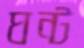
ঘন্ট